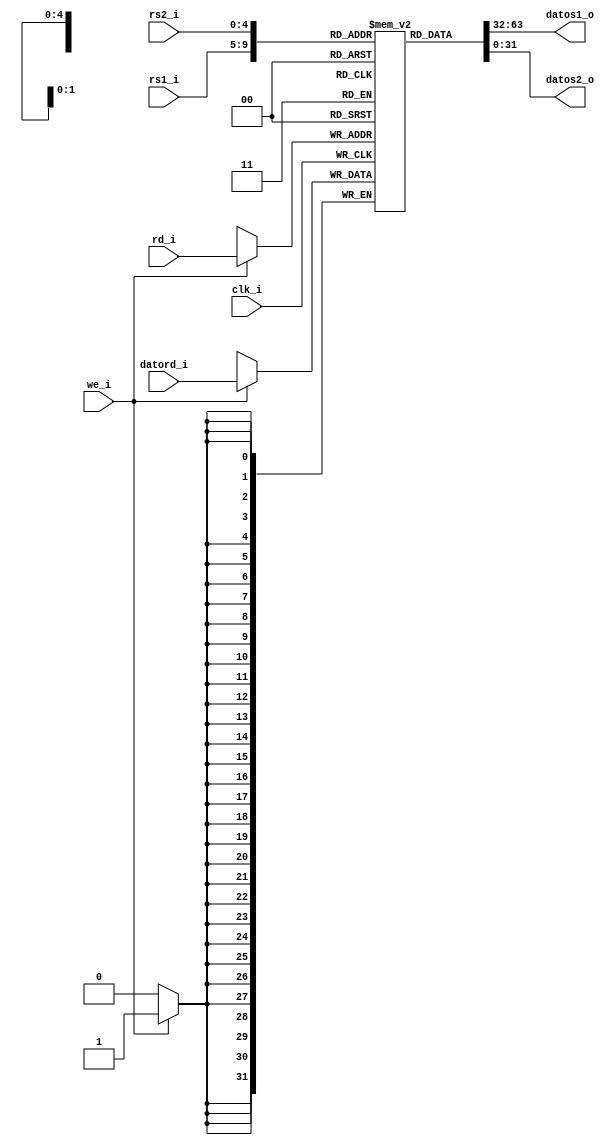

module regfile (
	input		[4:0]		rs1_i,
	input		[4:0]		rs2_i,
   input    [31:0]	datord_i,
	input		[4:0]		rd_i,
   input       		we_i,
   input       		clk_i,
	output	[31:0]	datos1_o,
	output	[31:0]	datos2_o
);

	// Definicion de memoria
	
	reg 		[31:0]registerfile[0:31];
	
	//* Lgica de lectura
	//puerto de lectura 1
    assign	datos1_o = registerfile[rs1_i];
	 //puerto de escritura 2
    assign	datos2_o = registerfile[rs2_i];

    // puerto de escritura
    always @(posedge clk_i) 
	 begin
        if (we_i) 
            registerfile[rd_i] <= datord_i;
    end

    

endmodule